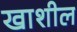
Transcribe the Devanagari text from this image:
खाशील